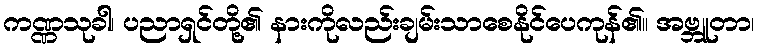
ကဏ္ဏသုခါ၊ ပညာရှင်တို့၏ နားကိုလည်းချမ်းသာစေနိုင်ပေကုန်၏။ အဗ္ဘူတာ၊